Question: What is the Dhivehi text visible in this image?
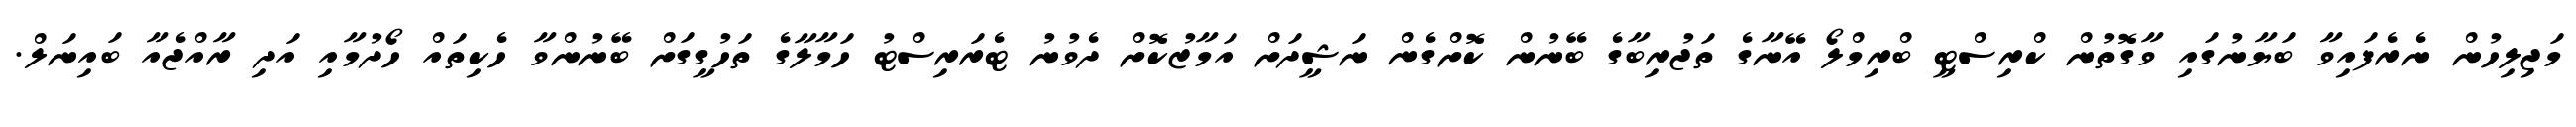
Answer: މަޖިލިހުން ނެރެފައިވާ ބަޔާނުގައި ވާގޮތުން ކްރިސްޓީ ބްރިމްލޯ އޭނާގެ ތަޖުރިބާގެ ބޭނުން ކޮށްގެން ނަޝީދަށް އަމާޒުކޮށް ދެވުނު ޓެރަރިސްޓު ހަމާލާގެ ތަހުގީގަށް ބޭނުންވާ ހެކިތައް ހޯދުމާއި އަދި ރާއްޖެއާ ބައިނަލް.